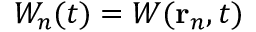
W _ { n } ( t ) = W ( \mathbf { r } _ { n } , t )